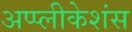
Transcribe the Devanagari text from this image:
अप्प्लीकेशंस